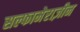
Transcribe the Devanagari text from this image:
सल्फामेराज़ीन